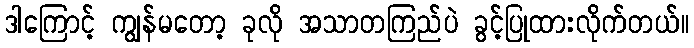
ဒါကြောင့် ကျွန်မတော့ ခုလို အသာတကြည်ပဲ ခွင့်ပြုထားလိုက်တယ်။